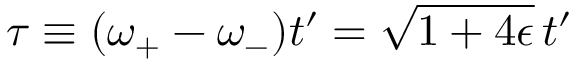
\tau \equiv ( \omega _ { + } - \omega _ { - } ) t ^ { \prime } = \sqrt { 1 + 4 \epsilon } \, t ^ { \prime }